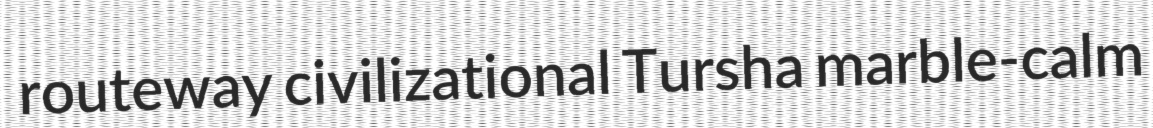
routeway civilizational Tursha marble-calm